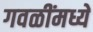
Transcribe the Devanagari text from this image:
गवळींमध्ये